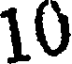
10